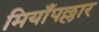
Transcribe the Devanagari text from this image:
मियाँपल्लार